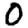
Digit: 0